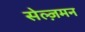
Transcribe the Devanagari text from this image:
सेल्ज़मन